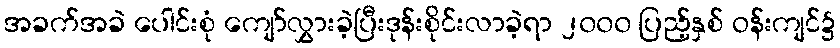
အခက်အခဲ ပေါင်းစုံ ကျော်လွှားခဲ့ပြီးဒုန်းစိုင်းလာခဲ့ရာ ၂၀၀၀ ပြည့်နှစ် ဝန်းကျင်၌